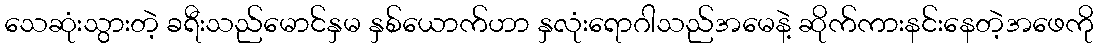
သေဆုံးသွားတဲ့ ခရီးသည်မောင်နှမ နှစ်ယောက်ဟာ နှလုံးရောဂါသည်အမေနဲ့ ဆိုက်ကားနင်းနေတဲ့အဖေကို